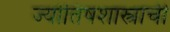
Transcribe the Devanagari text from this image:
ज्योतिषशास्त्राची